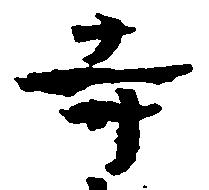
寺